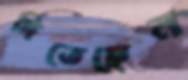
দিতেছেন